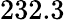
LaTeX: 232.3